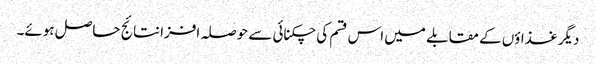
دیگر غذاؤں کے مقابلے میں اس قسم کی چکنائی سے حوصلہ افزا نتائج حاصل ہوئے۔